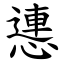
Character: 㦁